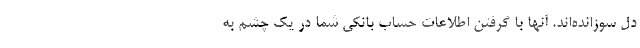
دل سوزانده‌اند. آنها با گرفتن اطلاعات حساب بانکی شما در یک چشم به